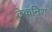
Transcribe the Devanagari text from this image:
टेकनिश